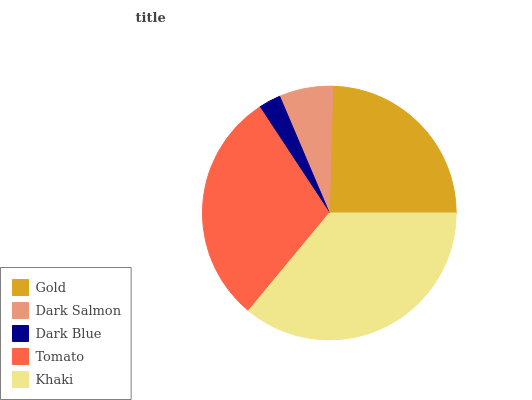
| Gold | Dark Salmon | Dark Blue | Tomato | Khaki |
 | --- | --- | --- | --- | --- |
 | 24.5% | 6.83% | 2.87% | 29.8% | 36% |